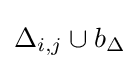
\Delta _{i,j}\cup b_{\Delta }